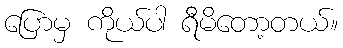
ပြောမှ ကိုယ်ပါ ရီမိတော့တယ်။